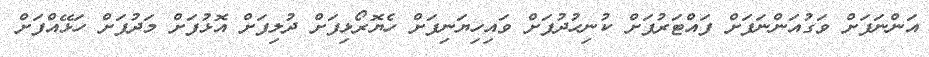
އަންނަފަށް ވަގުއަންނަފަށް ފައްޓަރުފަށް ކުނިހުދުފަށް ވައިހިޔަނިފަށް ހެޔޮރޯޅިފަށް ދުލިފަށް އޮޅުފަށް މަދުފަށް ހަޅޭއްފަށް